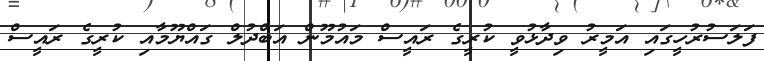
ފަލަސުރުހީގައި އަމީރު ވިދާޅުވީ ކުރީގެ ރައީސް މައުމޫން އަބްދުލް ގައްޔޫމާއި ކުރީގެ ރައީސް